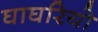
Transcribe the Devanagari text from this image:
घाघरियो